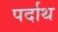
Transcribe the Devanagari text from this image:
पर्दाथ